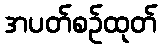
အပတ်စဉ်ထုတ်